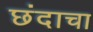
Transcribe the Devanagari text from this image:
छंदाचा